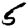
Digit: 5